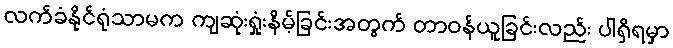
လက်ခံနိုင်ရုံသာမက ကျဆုံးရှုံးနိမ့်ခြင်းအတွက် တာဝန်ယူခြင်းလည်း ပါရှိရမှာ